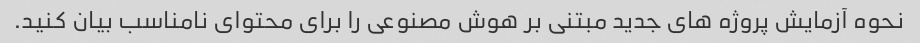
نحوه آزمایش پروژه های جدید مبتنی بر هوش مصنوعی را برای محتوای نامناسب بیان کنید.